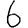
Digit: 6